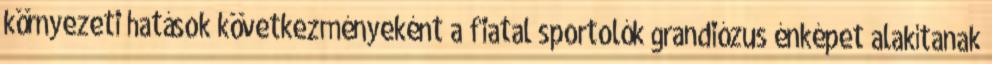
környezeti hatások következményeként a fiatal sportolók grandiózus énképet alakítanak